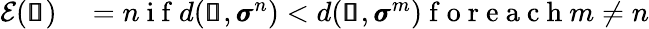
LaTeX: \begin{array}{rl}{\mathcal{E}(\pmb{\mathscr{s}})}&{{}=n\mathrm{~i~f~}d(\pmb{\mathscr{s}},\pmb{\sigma}^{n})<d(\pmb{\mathscr{s}},\pmb{\sigma}^{m})\mathrm{~f~o~r~e~a~c~h~}m\neq n}\end{array}